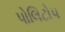
પોલિટોપ